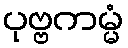
ပုဗ္ဗကမ္မံ